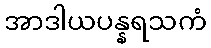
အာဒါယပန္နရသကံ